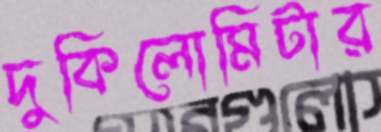
দুকিলোমিটার